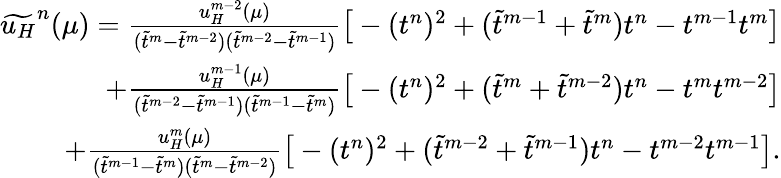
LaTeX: \begin{array}{r}{\widetilde{u_{H}}^{n}(\mu)=\frac{u_{H}^{m-2}(\mu)}{(\widetilde{t}^{m}-\widetilde{t}^{m-2})(\widetilde{t}^{m-2}-\widetilde{t}^{m-1})}\big[-(t^{n})^{2}+(\widetilde{t}^{m-1}+\widetilde{t}^{m})t^{n}-t^{m-1}t^{m}\big]}\\ {+\frac{u_{H}^{m-1}(\mu)}{(\widetilde{t}^{m-2}-\widetilde{t}^{m-1})(\widetilde{t}^{m-1}-\widetilde{t}^{m})}\big[-(t^{n})^{2}+(\widetilde{t}^{m}+\widetilde{t}^{m-2})t^{n}-t^{m}t^{m-2}\big]}\\ {+\frac{u_{H}^{m}(\mu)}{(\widetilde{t}^{m-1}-\widetilde{t}^{m})(\widetilde{t}^{m}-\widetilde{t}^{m-2})}\big[-(t^{n})^{2}+(\widetilde{t}^{m-2}+\widetilde{t}^{m-1})t^{n}-t^{m-2}t^{m-1}\big].}\end{array}